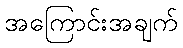
အကြောင်းအချက်